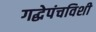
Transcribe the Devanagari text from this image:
गद्धेपंचविशी